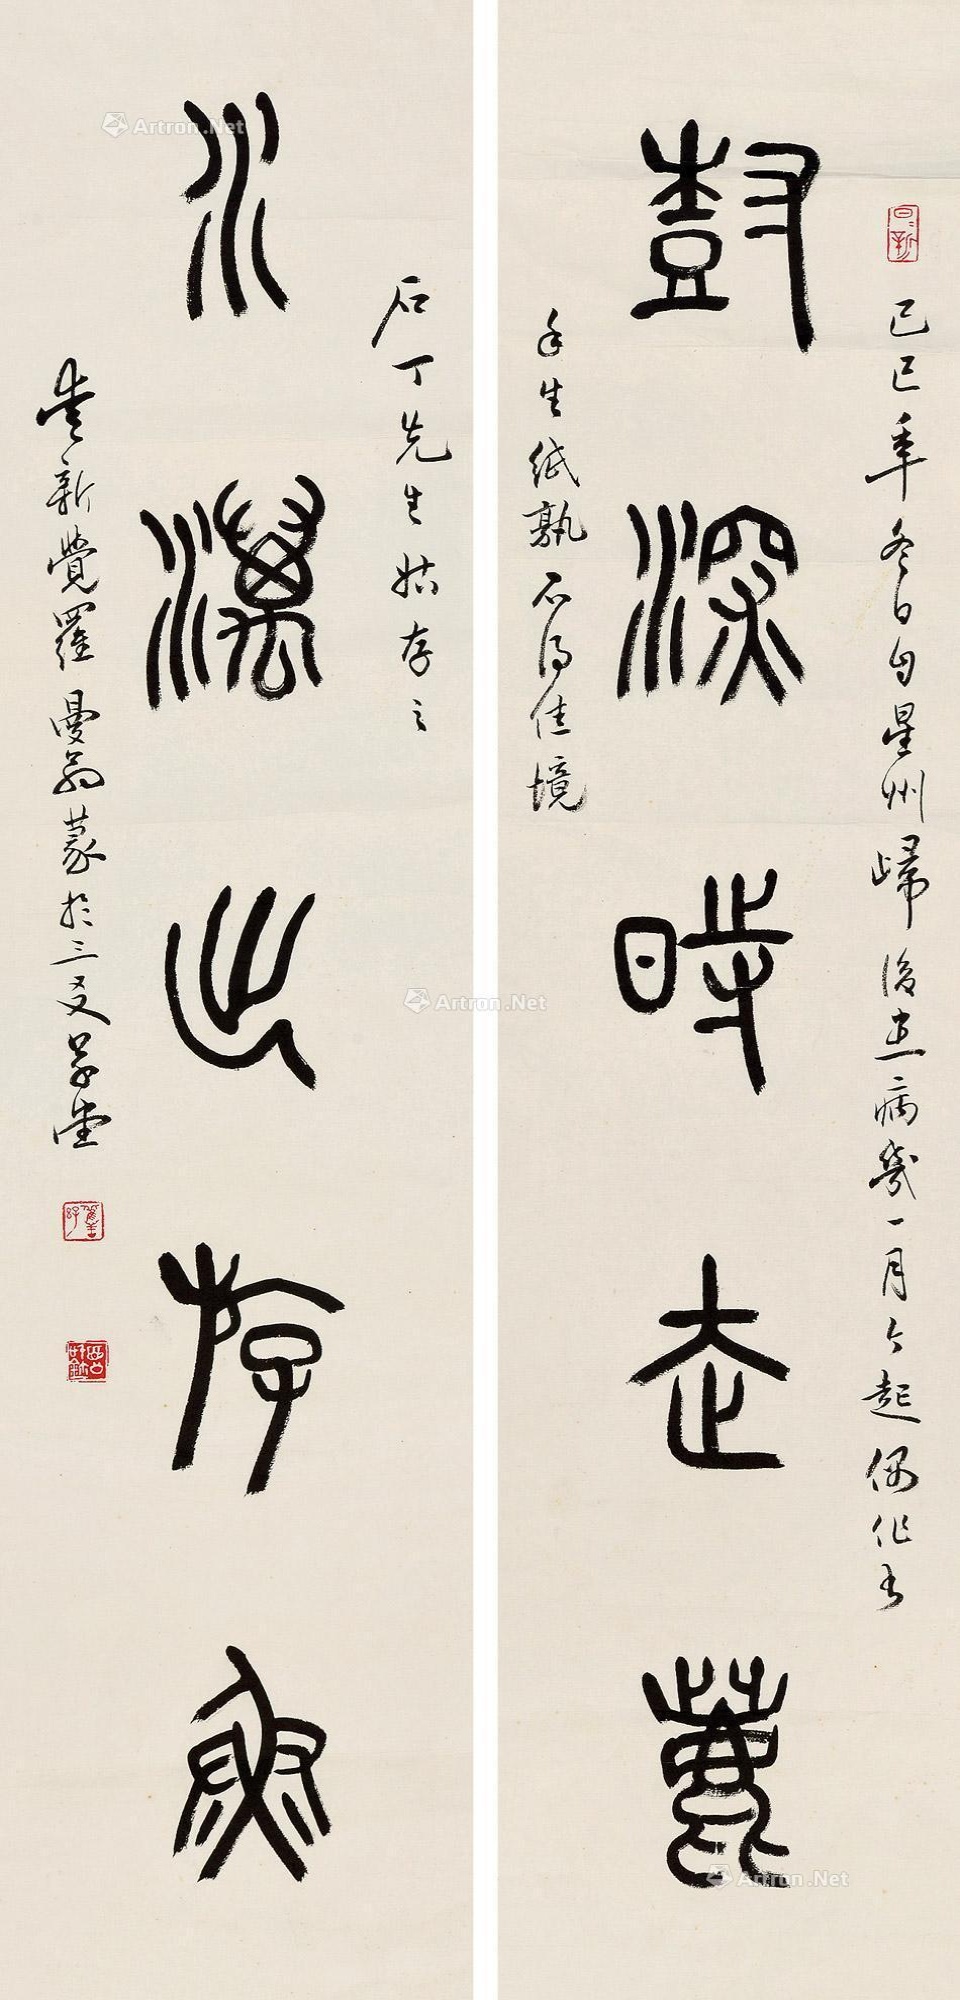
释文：林深时走鹿，水沥出游鱼。己巳年冬日自墨洲归后，生病几一月，今起偶作书，手生纸熟，不得佳境。石丁先生姑存之，爱新觉罗曼翁篆于三友草堂。